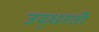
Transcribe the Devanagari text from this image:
उद्धरती